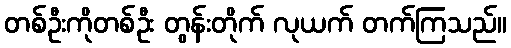
တစ်ဦးကိုတစ်ဦး တွန်းတိုက် လုယက် တက်ကြသည်။